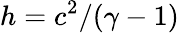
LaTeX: h=c^{2}/(\gamma-1)